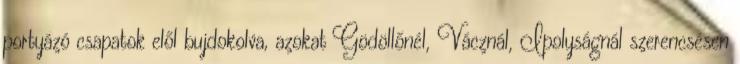
portyázó csapatok elől bujdokolva, azokat Gödöllőnél, Vácznál, Ipolyságnál szerencsésen